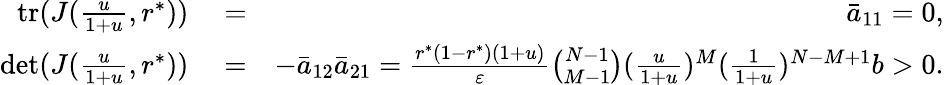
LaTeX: \begin{array}{rlr}{\mathrm{tr}(J(\frac{u}{1+u},r^{*}))}&{{}=}&{\bar{a}_{11}=0,}\\ {\mathrm{det}(J(\frac{u}{1+u},r^{*}))}&{{}=}&{-\bar{a}_{12}\bar{a}_{21}=\frac{r^{*}(1-r^{*})(1+u)}{\varepsilon}\binom{N-1}{M-1}(\frac{u}{1+u})^{M}(\frac{1}{1+u})^{N-M+1}b>0.}\end{array}